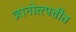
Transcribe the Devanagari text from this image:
ज्ञानोत्त्पत्तीत